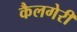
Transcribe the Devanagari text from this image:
कैलगेरी